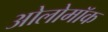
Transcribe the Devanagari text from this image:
ओलोमॉक